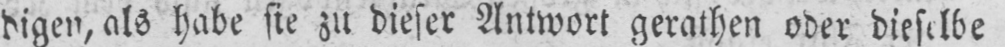
digen, als habe sie zu dieser Antwort gerathen oder dieselbe